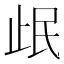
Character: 𰙣